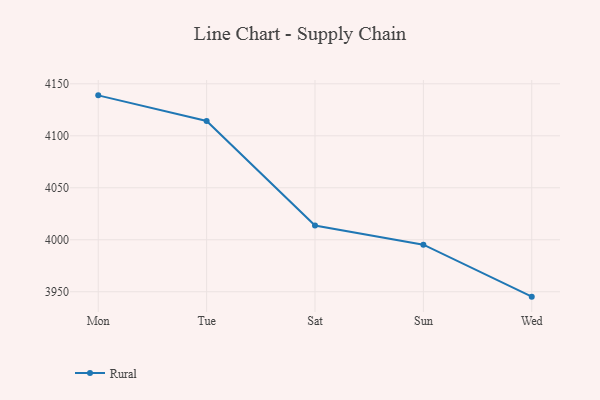
{"axis": {"x": "Day", "y": "LTV (USD)"}, "legend": ["Rural"], "data": [{"x": "Mon", "y": 4138.9, "type": "Rural"}, {"x": "Tue", "y": 4114.3, "type": "Rural"}, {"x": "Sat", "y": 4013.7, "type": "Rural"}, {"x": "Sun", "y": 3995.3, "type": "Rural"}, {"x": "Wed", "y": 3945.3, "type": "Rural"}]}